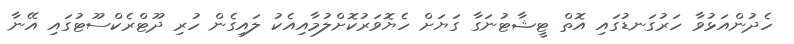
ހެދުންއަޅުވާ ހަރުގަނޑުގައި އޮތް ޓީޝާޓުނަގާ ގަޔަށް ހެޔޮވަރުކޮށްލުމާއިއެކު ލައިގެން ހުރި ދޫޓްރެކްސޫޓުގައި އޭނާ